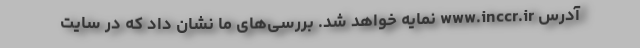
آدرس www.inccr.ir نمایه خواهد شد. بررسی‌های ما نشان داد که در سایت